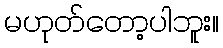
မဟုတ်တော့ပါဘူး။